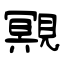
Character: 覭